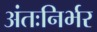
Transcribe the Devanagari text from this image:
अंतःनिर्भर